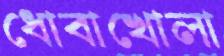
ধোবাখোলা